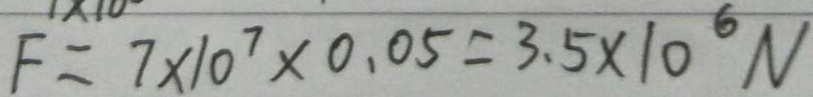
F = 7 \times 1 0 ^ { 7 } \times 0 . 0 5 = 3 . 5 \times 1 0 ^ { 6 } N